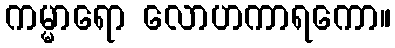
ကမ္မာရော လောဟကာရကော။